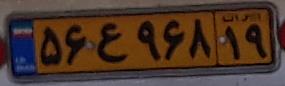
۵۶ع۹۶۸۱۹